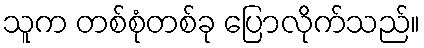
သူက တစ်စုံတစ်ခု ပြောလိုက်သည်။